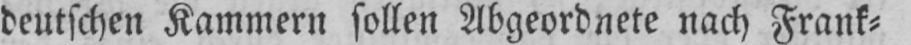
deutschen Kammern sollen Abgeordnete nach Frank⸗